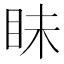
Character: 眛